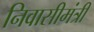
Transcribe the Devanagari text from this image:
निवासीमंत्री